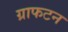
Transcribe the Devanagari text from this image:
ग्राफटन